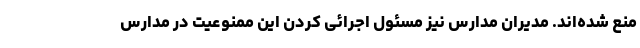
منع شده‌اند. مدیران مدارس نیز مسئول اجرائی کردن این ممنوعیت در مدارس